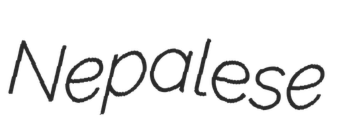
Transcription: Nepalese